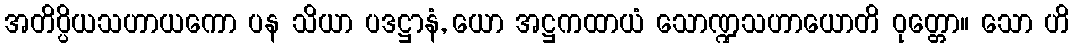
အတိပ္ပိယသဟာယကော ပန သိယာ ပဒဋ္ဌာနံ, ယော အဋ္ဌကထာယံ သောဏ္ဍသဟာယောတိ ဝုတ္တော။ သော ဟိ